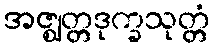
အဇ္ဈတ္တဒုက္ခသုတ္တံ